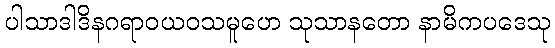
ပါသာဒါဒိနဂရာဝယဝသမူဟေ သုသာနတော နာမိကပဒေသု